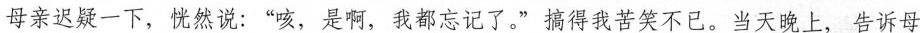
母亲迟疑一下，恍然说：”咳，是啊，我都忘记了。”搞得我苦笑不已。当天晚上，告诉母